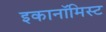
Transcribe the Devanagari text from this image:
इकानॉमिस्ट